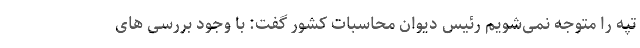
تپه را متوجه نمی‌شویم رئیس دیوان محاسبات کشور گفت: با وجود بررسی های